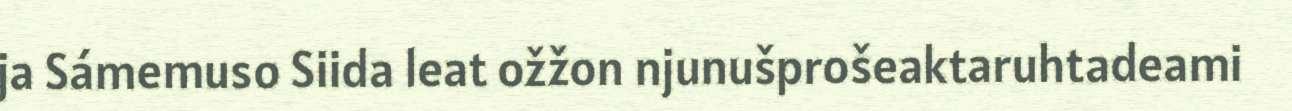
ja Sámemuso Siida leat ožžon njunušprošeaktaruhtadeami